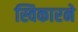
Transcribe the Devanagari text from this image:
स्विकारने